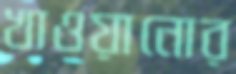
খাওয়ানোর